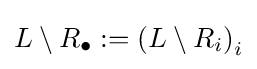
L\setminus R_{\bullet }:=\left(L\setminus R_{i}\right)_{i}